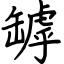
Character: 罅